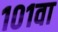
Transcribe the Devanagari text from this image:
१०१वा